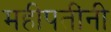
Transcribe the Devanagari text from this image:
महीपतींनी